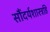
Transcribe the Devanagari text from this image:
सौंदर्यशास्त्रहि